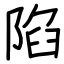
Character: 陷